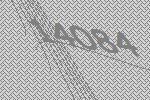
14084